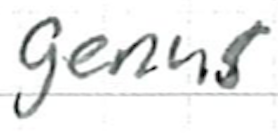
Text: genus
Cross-out: clean
Writing tool: ballpoint